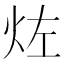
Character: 𱪱